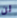
لن